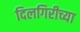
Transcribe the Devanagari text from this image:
दिलगिरीच्या